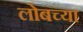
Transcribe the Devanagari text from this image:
लोबच्या